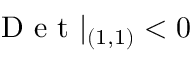
\mathrm { ~ D ~ e ~ t ~ } | _ { ( 1 , 1 ) } < 0